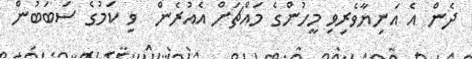
ދެން އެ އަނިޔާވެރިވި މީހުންގެ މައްޗަށް އެއުރެން  ވި ކަމުގެ ސަބަބުން